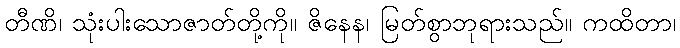
တီဏိ၊ သုံးပါးသောဇာတ်တို့ကို။ ဇိနေန၊ မြတ်စွာဘုရားသည်။ ကထိတာ၊